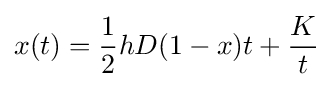
x(t)={\frac {1}{2}}hD(1-x)t+{\frac {K}{t}}